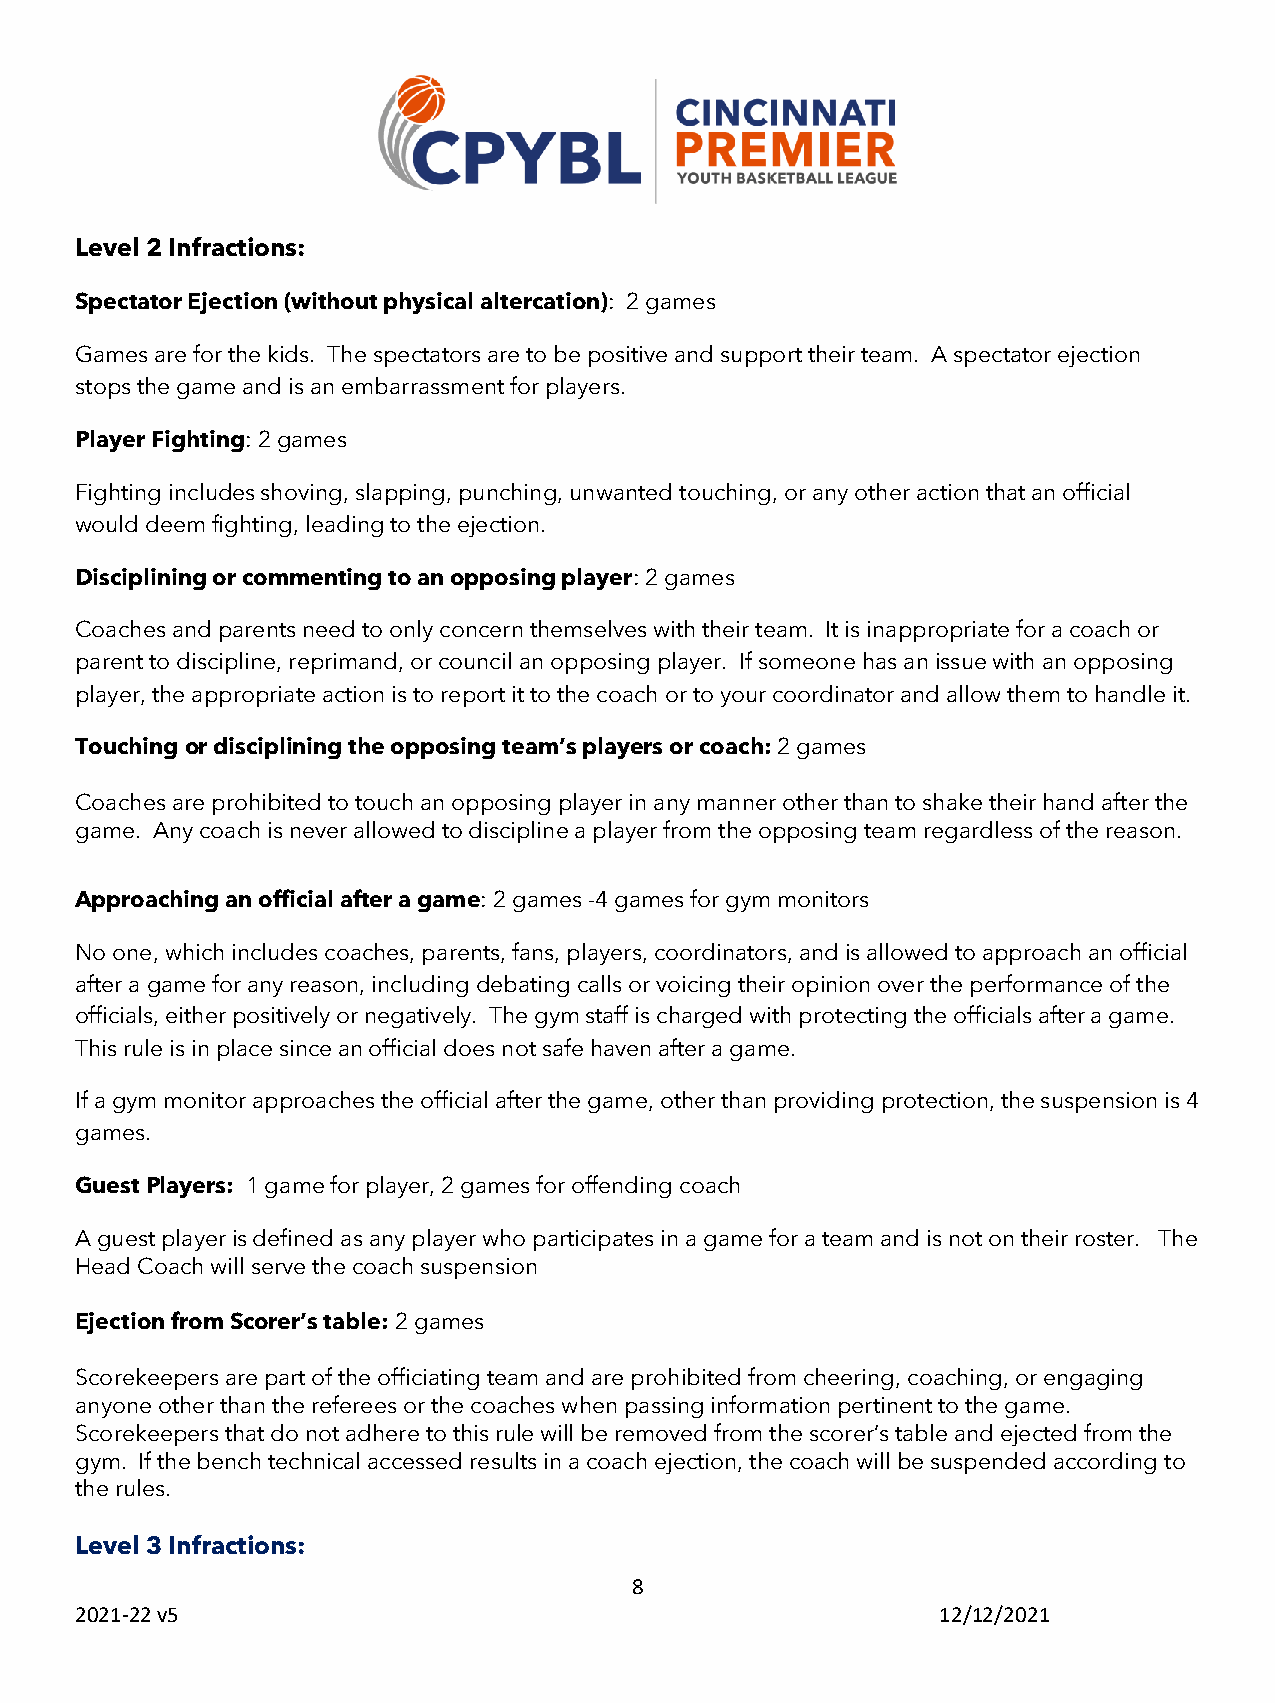
Level 2 Infractions:
 Spectator Ejection (without physical altercation): 2 games
 Games are for the kids. The spectators are to be positive and support their team. A spectator ejection
 stops the game and is an embarrassment for players.
 Player Fighting: 2 games
 Fighting includes shoving, slapping, punching, unwanted touching, or any other action that an official
 would deem fighting, leading to the ejection.
 Disciplining or commenting to an opposing player: 2 games
 Coaches and parents need to only concern themselves with their team. It is inappropriate for a coach or
 parent to discipline, reprimand, or council an opposing player. If someone has an issue with an opposing
 player, the appropriate action is to report it to the coach or to your coordinator and allow them to handle it.
 Touching or disciplining the opposing team’s players or coach: 2 games
 Coaches are prohibited to touch an opposing player in any manner other than to shake their hand after the
 game. Any coach is never allowed to discipline a player from the opposing team regardless of the reason.
 Approaching an official after a game: 2 games -4 games for gym monitors
 No one, which includes coaches, parents, fans, players, coordinators, and is allowed to approach an official
 after a game for any reason, including debating calls or voicing their opinion over the performance of the
 officials, either positively or negatively. The gym staff is charged with protecting the officials after a game.
 This rule is in place since an official does not safe haven after a game.
 If a gym monitor approaches the official after the game, other than providing protection, the suspension is 4
 games.
 Guest Players: 1 game for player, 2 games for offending coach
 A guest player is defined as any player who participates in a game for a team and is not on their roster. The
 Head Coach will serve the coach suspension
 Ejection from Scorer’s table: 2 games
 Scorekeepers are part of the officiating team and are prohibited from cheering, coaching, or engaging
 anyone other than the referees or the coaches when passing information pertinent to the game.
 Scorekeepers that do not adhere to this rule will be removed from the scorer’s table and ejected from the
 gym. If the bench technical accessed results in a coach ejection, the coach will be suspended according to
 the rules.
 Level 3 Infractions:
 8
 2021-22 v5                                               12/12/2021